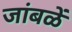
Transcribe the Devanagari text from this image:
जांबळें